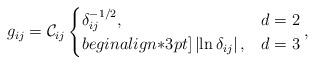
LaTeX: \begin{align*}g_{ij}=\mathcal{C}_{ij} \begin{cases}\delta^{-1/2}_{ij},& d=2\\begin{align*}3pt]\left|\ln \delta_{ij}\right|,& d=3\end{cases}, \end{align*}